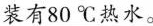
装有80℃热水。